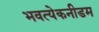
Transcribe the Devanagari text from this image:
भवत्येकनीडम